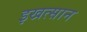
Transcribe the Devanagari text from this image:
इखत्सान